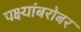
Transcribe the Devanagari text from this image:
पक्ष्यांबरोबर